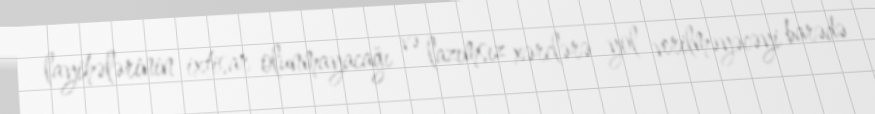
layihələrinin ixtisar olunmayacağı və lazımsız xərclərə yol verilməyəcəyi barədə